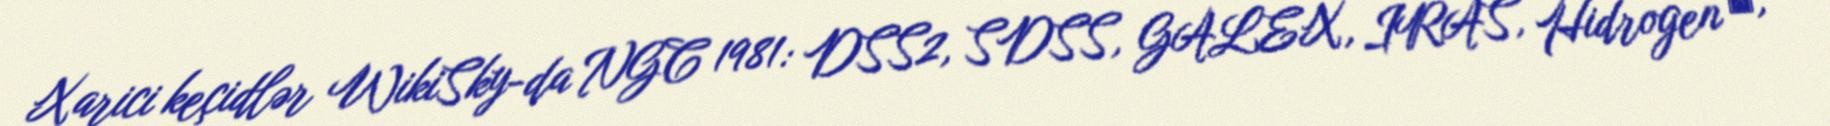
Xarici keçidlər WikiSky-da NGC 1981: DSS2, SDSS, GALEX, IRAS, Hidrogen α,